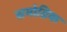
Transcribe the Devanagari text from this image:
समोग्रिक